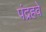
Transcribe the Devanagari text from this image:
पंद्रहवे